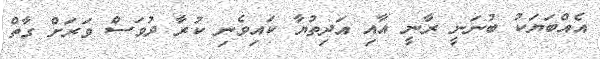
އެއްބަޔަކު ބުނަނީ ރާނީ އާއި އަދިތުޔާ ކައިވެނި ކުރާ ދުވަސް ވަރަށް ގާތް